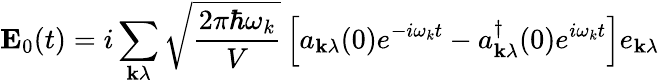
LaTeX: \mathbf{E}_{0}(t)=i\sum_{\mathbf{k}\lambda}{\sqrt{\frac{2\pi\hbar\omega_{k}}{V}}}\left[a_{\mathbf{k}\lambda}(0)e^{-i\omega_{k}t}-a_{\mathbf{k}\lambda}^{\dagger}(0)e^{i\omega_{k}t}\right]e_{\mathbf{k}\lambda}